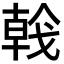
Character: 𢧢